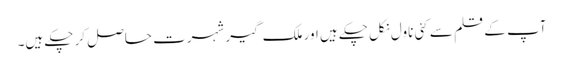
آپ کے قلم سے کئی ناول نکل چکے ہیں اور ملک گیر شہرت حاصل کر چکے ہیں۔